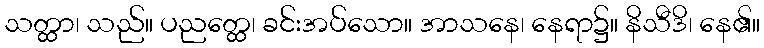
သတ္ထာ၊ သည်။ ပညတ္ထေ၊ ခင်းအပ်သော။ အာသနေ၊ နေရာ၌။ နိသီဒိ၊ နေ၏။